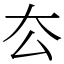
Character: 厺